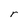
Character: r